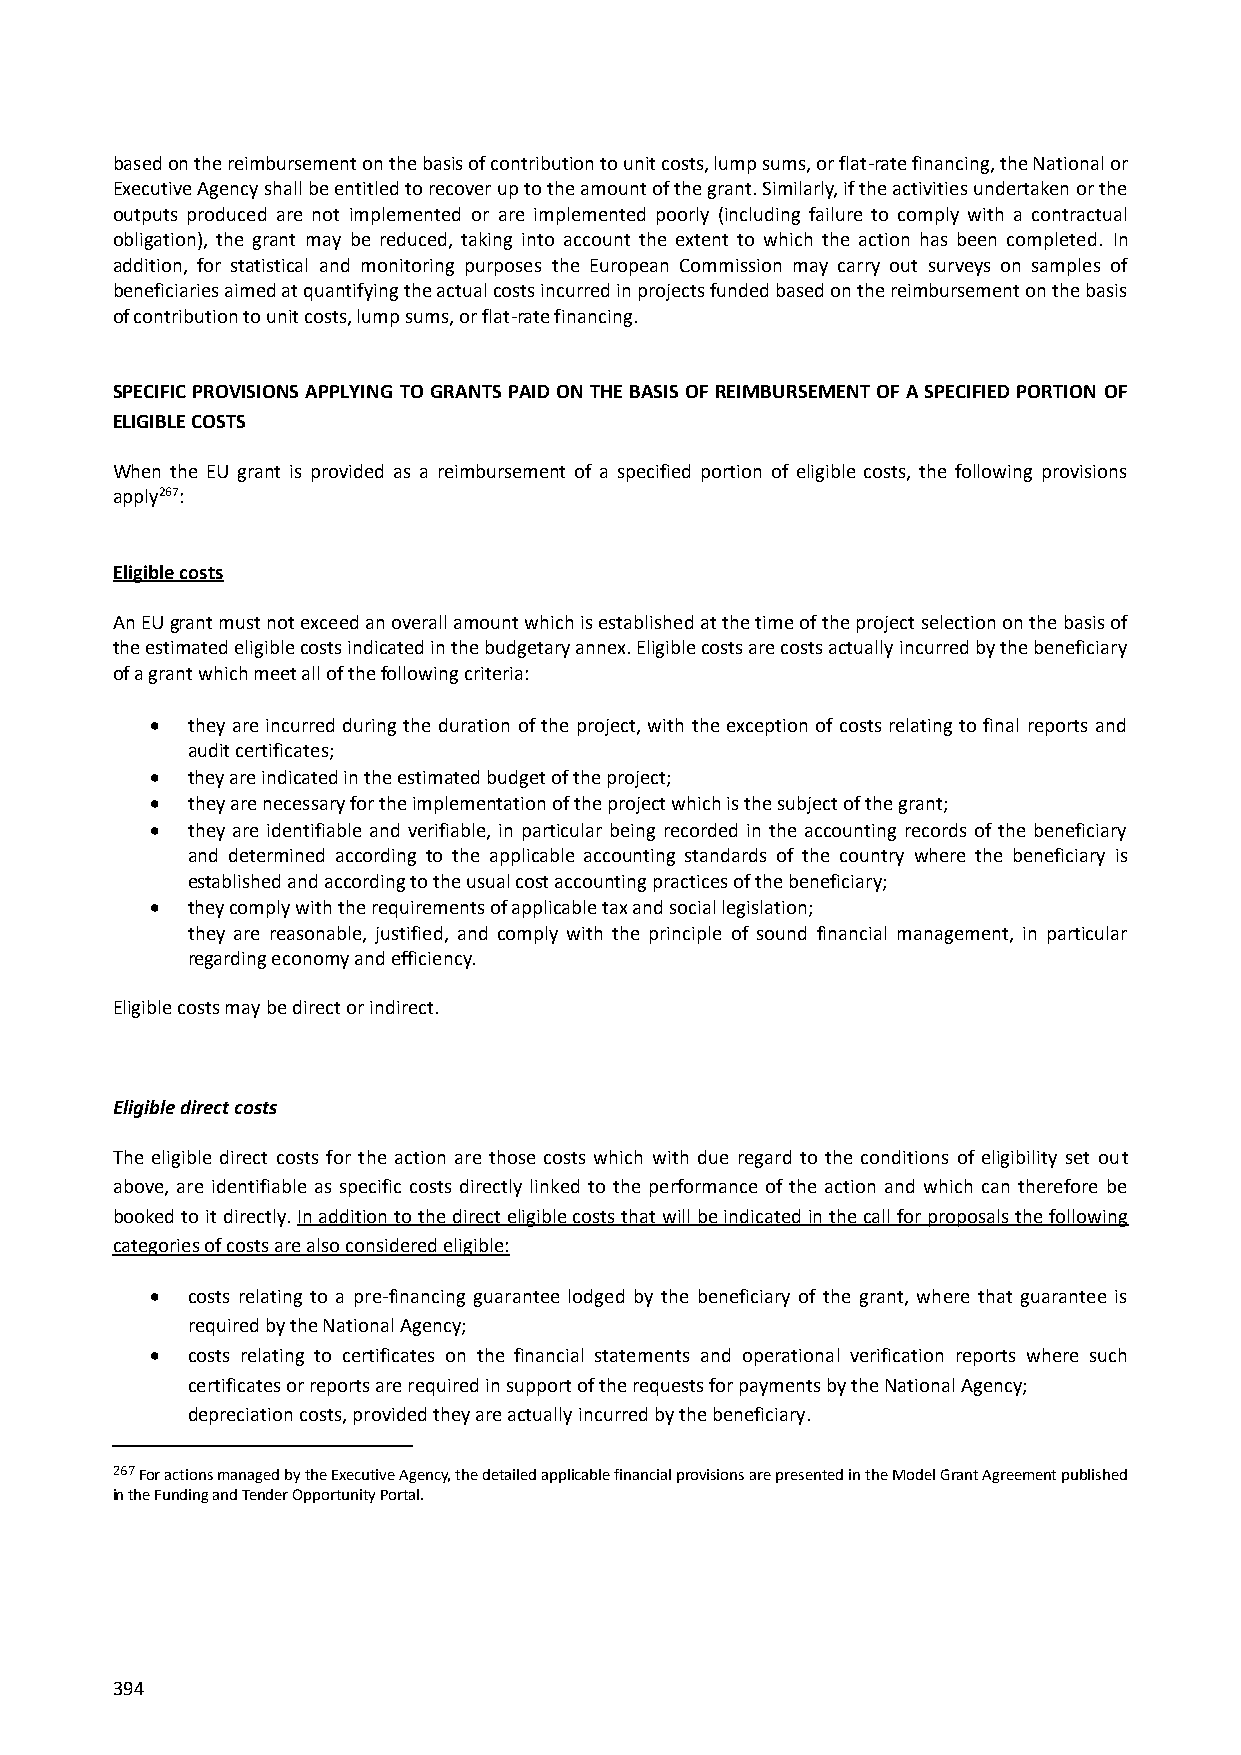
based on the reimbursement on the basis of contribution to unit costs, lump sums, or flat-rate financing, the National or
 Executive Agency shall be entitled to recover up to the amount of the grant. Similarly, if the activities undertaken or the
 outputs produced are not implemented or are implemented poorly (including failure to comply with a contractual
 obligation), the grant may be reduced, taking into account the extent to which the action has been completed. In
 addition, for statistical and monitoring purposes the European Commission may carry out surveys on samples of
 beneficiaries aimed at quantifying the actual costs incurred in projects funded based on the reimbursement on the basis
 of contribution to unit costs, lump sums, or flat-rate financing.
 SPECIFIC PROVISIONS APPLYING TO GRANTS PAID ON THE BASIS OF REIMBURSEMENT OF A SPECIFIED PORTION OF
 ELIGIBLE COSTS
 When the EU grant is provided as a reimbursement of a specified portion of eligible costs, the following provisions
 apply267:
 Eligible costs
 An EU grant must not exceed an overall amount which is established at the time of the project selection on the basis of
 the estimated eligible costs indicated in the budgetary annex. Eligible costs are costs actually incurred by the beneficiary
 of a grant which meet all of the following criteria:
  they are incurred during the duration of the project, with the exception of costs relating to final reports and
 audit certificates;
  they are indicated in the estimated budget of the project;
  they are necessary for the implementation of the project which is the subject of the grant;
  they are identifiable and verifiable, in particular being recorded in the accounting records of the beneficiary
 and determined according to the applicable accounting standards of the country where the beneficiary is
 established and according to the usual cost accounting practices of the beneficiary;
  they comply with the requirements of applicable tax and social legislation;
 they are reasonable, justified, and comply with the principle of sound financial management, in particular
 regarding economy and efficiency.
 Eligible costs may be direct or indirect.
 Eligible direct costs
 The eligible direct costs for the action are those costs which with due regard to the conditions of eligibility set out
 above, are identifiable as specific costs directly linked to the performance of the action and which can therefore be
 booked to it directly. In addition to the direct eligible costs that will be indicated in the call for proposals the following
 categories of costs are also considered eligible:
  costs relating to a pre-financing guarantee lodged by the beneficiary of the grant, where that guarantee is
 required by the National Agency;
  costs relating to certificates on the financial statements and operational verification reports where such
 certificates or reports are required in support of the requests for payments by the National Agency;
 depreciation costs, provided they are actually incurred by the beneficiary.
 267 For actions managed by the Executive Agency, the detailed applicable financial provisions are presented in the Model Grant Agreement published
 in the Funding and Tender Opportunity Portal.
 394